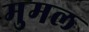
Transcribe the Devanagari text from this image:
मुमल